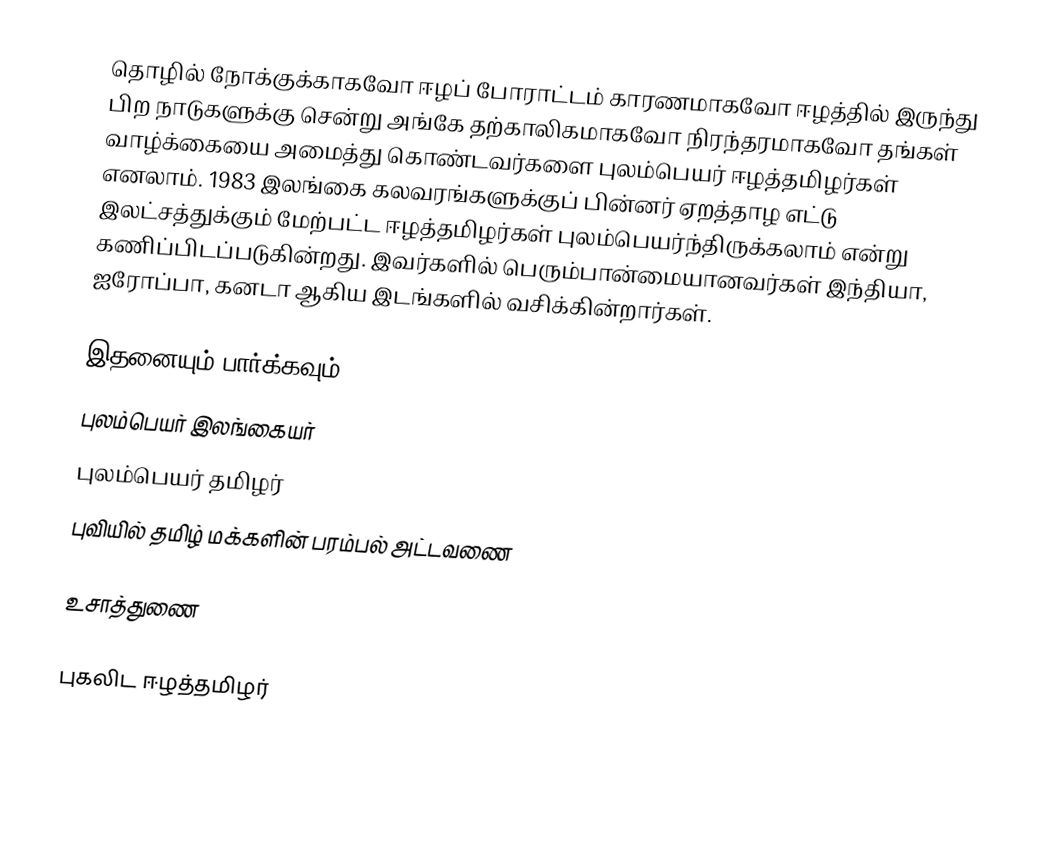
தொழில் நோக்குக்காகவோ ஈழப் போராட்டம் காரணமாகவோ ஈழத்தில் இருந்து பிற நாடுகளுக்கு சென்று அங்கே தற்காலிகமாகவோ நிரந்தரமாகவோ தங்கள் வாழ்க்கையை அமைத்து கொண்டவர்களை புலம்பெயர் ஈழத்தமிழர்கள் எனலாம். 1983 இலங்கை கலவரங்களுக்குப் பின்னர் ஏறத்தாழ எட்டு இலட்சத்துக்கும் மேற்பட்ட ஈழத்தமிழர்கள் புலம்பெயர்ந்திருக்கலாம் என்று கணிப்பிடப்படுகின்றது. இவர்களில் பெரும்பான்மையானவர்கள் இந்தியா, ஐரோப்பா, கனடா ஆகிய இடங்களில் வசிக்கின்றார்கள்.

இதனையும் பார்க்கவும்
 புலம்பெயர் இலங்கையர்
 புலம்பெயர் தமிழர்
 புவியில் தமிழ் மக்களின் பரம்பல் அட்டவணை

உசாத்துணை

புகலிட ஈழத்தமிழர்